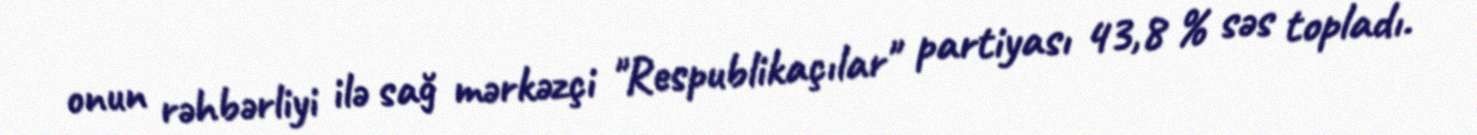
onun rəhbərliyi ilə sağ mərkəzçi "Respublikaçılar" partiyası 43,8 % səs topladı.